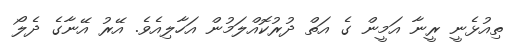
ތިއުޅެނީ ރީނާ އަމީން ގެ އަތް ދުރުކޮއްލަމުން އަހާލިއެވެ. އޭރު އޭނާގެ ދެލޯ